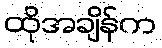
ထိုအချိန်က